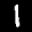
Label: 1